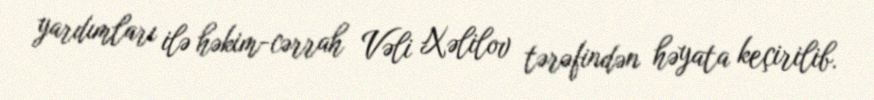
yardımları ilə həkim-cərrah Vəli Xəlilov tərəfindən həyata keçirilib.